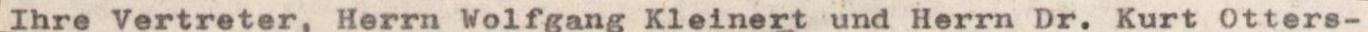
Ihre Vertreter, Herrn Wolfgang Kleinert und Herrn Dr. Kurt Otters-